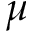
\mu